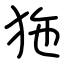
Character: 狏